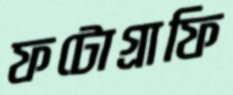
ফটোগ্রাফি